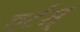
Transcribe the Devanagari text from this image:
वर्टस्